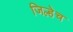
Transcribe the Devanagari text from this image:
जिल्हेच